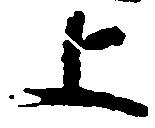
上